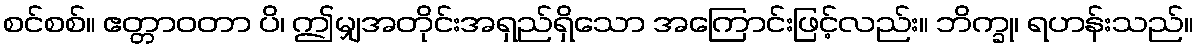
စင်စစ်။ ဧတ္တာဝတာ ပိ၊ ဤမျှအတိုင်းအရှည်ရှိသော အကြောင်းဖြင့်လည်း။ ဘိက္ခု၊ ရဟန်းသည်။